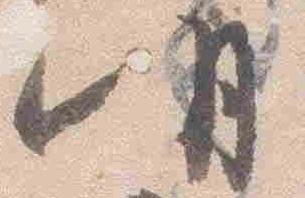
明